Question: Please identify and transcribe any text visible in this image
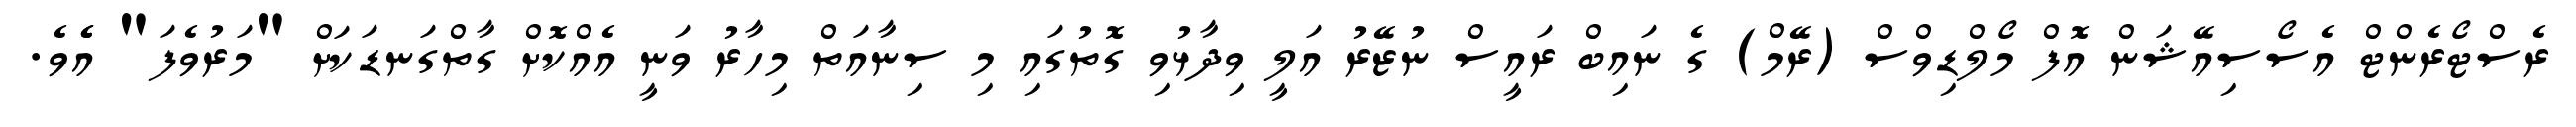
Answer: ރެސްޓޯރެންޓް އެސޯސިއޭޝަން އޮފް މޯލްޑިވްސް (ރޭމް) ގެ ނައިބް ރައީސް ނުޒޭރު އަލީ ވިދާޅުވި ގޮތުގައި މި ސިނާއަތް މިހާރު ވަނީ އެއްކޮށް ގާތްގަނޑަކަށް "މަރުވެފަ" އެެވެ.